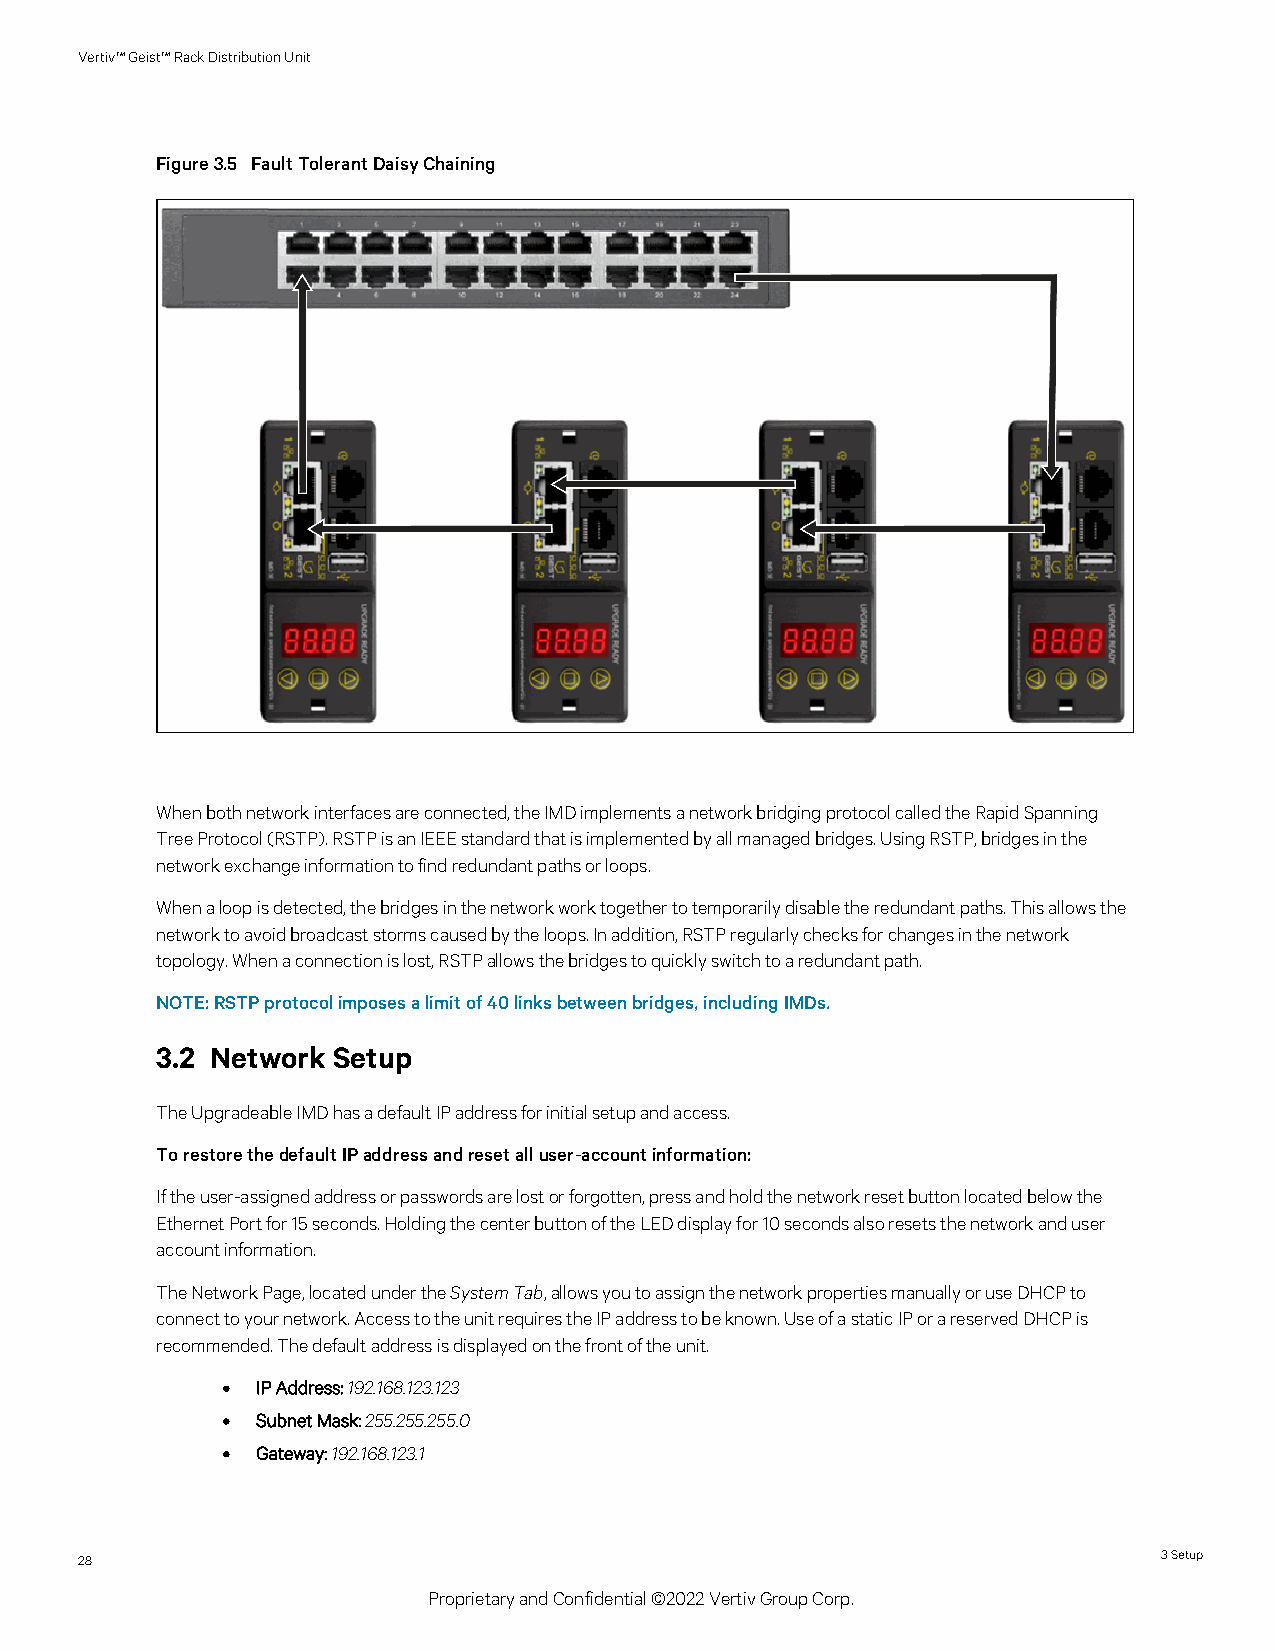
Vertiv™Geist™RackDistributionUnit
 Figure3.5 FaultTolerantDaisyChaining
 Whenbothnetworkinterfacesareconnected,theIMDimplementsanetworkbridgingprotocolcalledtheRapidSpanning
 TreeProtocol(RSTP).RSTPisanIEEEstandardthatisimplementedbyallmanagedbridges.UsingRSTP,bridgesinthe
 networkexchangeinformationtofindredundantpathsorloops.
 Whenaloopisdetected,thebridgesinthenetworkworktogethertotemporarilydisabletheredundantpaths.Thisallowsthe
 networktoavoidbroadcaststormscausedbytheloops.Inaddition,RSTPregularlychecksforchangesinthenetwork
 topology.Whenaconnectionislost,RSTPallowsthebridgestoquicklyswitchtoaredundantpath.
 NOTE:RSTPprotocolimposesalimitof40linksbetweenbridges,includingIMDs.
 3.2 Network Setup
 TheUpgradeableIMDhasadefaultIPaddressforinitialsetupandaccess.
 TorestorethedefaultIPaddressandresetalluser-accountinformation:
 Iftheuser-assignedaddressorpasswordsarelostorforgotten,pressandholdthenetworkresetbuttonlocatedbelowthe
 EthernetPortfor15seconds.HoldingthecenterbuttonoftheLEDdisplayfor10secondsalsoresetsthenetworkanduser
 accountinformation.
 TheNetworkPage,locatedundertheSystemTab,allowsyoutoassignthenetworkpropertiesmanuallyoruseDHCPto
 connecttoyournetwork.AccesstotheunitrequirestheIPaddresstobeknown.UseofastaticIPorareservedDHCPis
 recommended.Thedefaultaddressisdisplayedonthefrontoftheunit.
 • IP Address:192.168.123.123
 • SubnetMask:255.255.255.0
 • Gateway:192.168.123.1
 28                                                                      3Setup
 ProprietaryandConfidential©2022VertivGroupCorp.